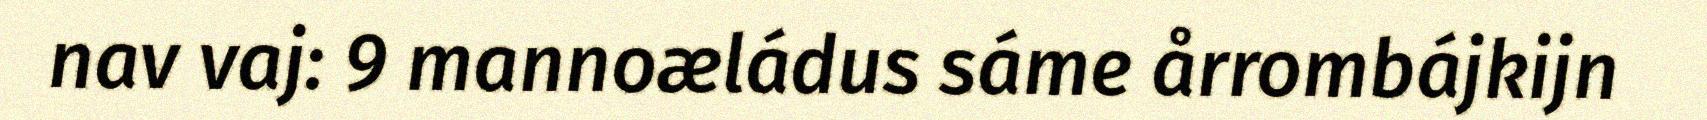
nav vaj: 9 mannoæládus sáme årrombájkijn